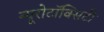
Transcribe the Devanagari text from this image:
न्यूरोटॉक्सिटी